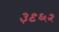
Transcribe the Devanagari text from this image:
३९६२